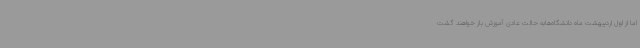
اما از اول اردیبهشت ماه دانشگاه‌هابه حالت عادی آموزش باز خواهند گشت